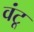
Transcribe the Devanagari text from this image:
वंटू